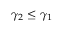
\gamma _ { 2 } \leq \gamma _ { 1 }